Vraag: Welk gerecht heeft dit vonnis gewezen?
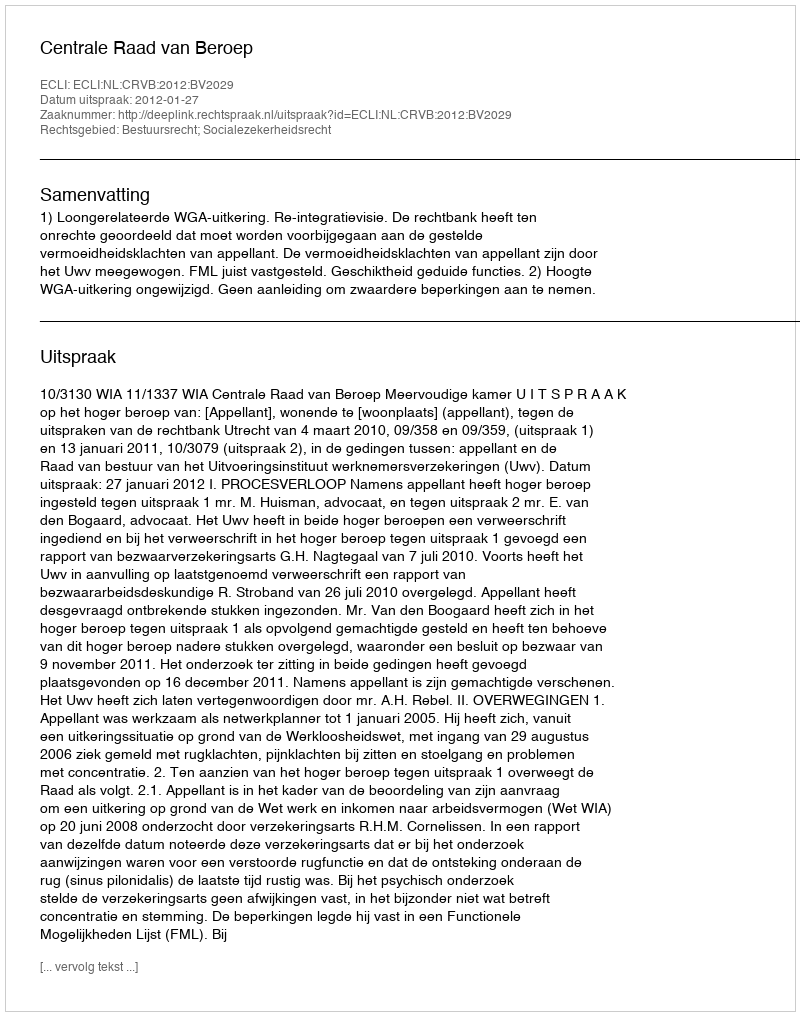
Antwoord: Centrale Raad van Beroep